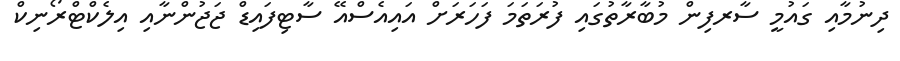
ދިނުމާއި ގައުމީ ސާރފިން މުބާރާތުގައި ފުރަތަމަ ފަހަރަށް އައިއެސްއޭ ސާޓިފައިޑް ޖަޖުންނާއި އިލެކްޓްރޯނިކް